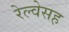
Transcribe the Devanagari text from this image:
रेल्वेसह